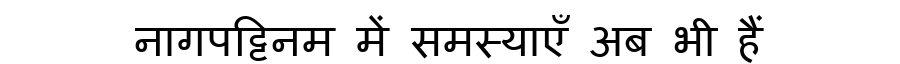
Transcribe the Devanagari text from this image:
नागपट्टिनम में समस्याएँ अब भी हैं